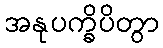
အနုပက္ခိပိတွာ